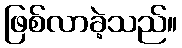
ဖြစ်လာခဲ့သည်။